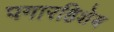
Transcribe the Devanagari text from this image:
पगारहिशेब